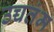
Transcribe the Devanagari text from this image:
उच्चतंम